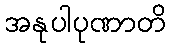
အနုပါပုဏာတိ